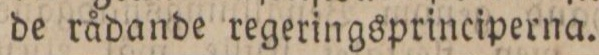
de rådande regeringsprinciperna.